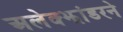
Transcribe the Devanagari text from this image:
अलेक्झांडरने